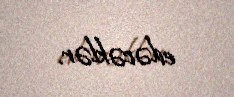
edəcəklər.